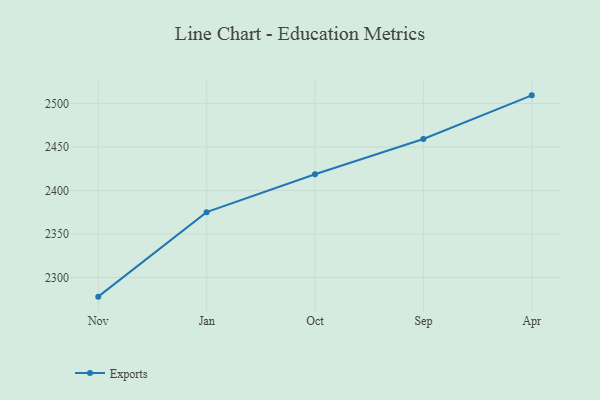
{"axis": {"x": "Month", "y": "Operating Costs (USD K)"}, "legend": ["Exports"], "data": [{"x": "Nov", "y": 2278.0, "type": "Exports"}, {"x": "Jan", "y": 2375.1, "type": "Exports"}, {"x": "Oct", "y": 2418.6, "type": "Exports"}, {"x": "Sep", "y": 2459.1, "type": "Exports"}, {"x": "Apr", "y": 2509.3, "type": "Exports"}]}